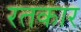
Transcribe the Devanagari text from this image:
रतकार